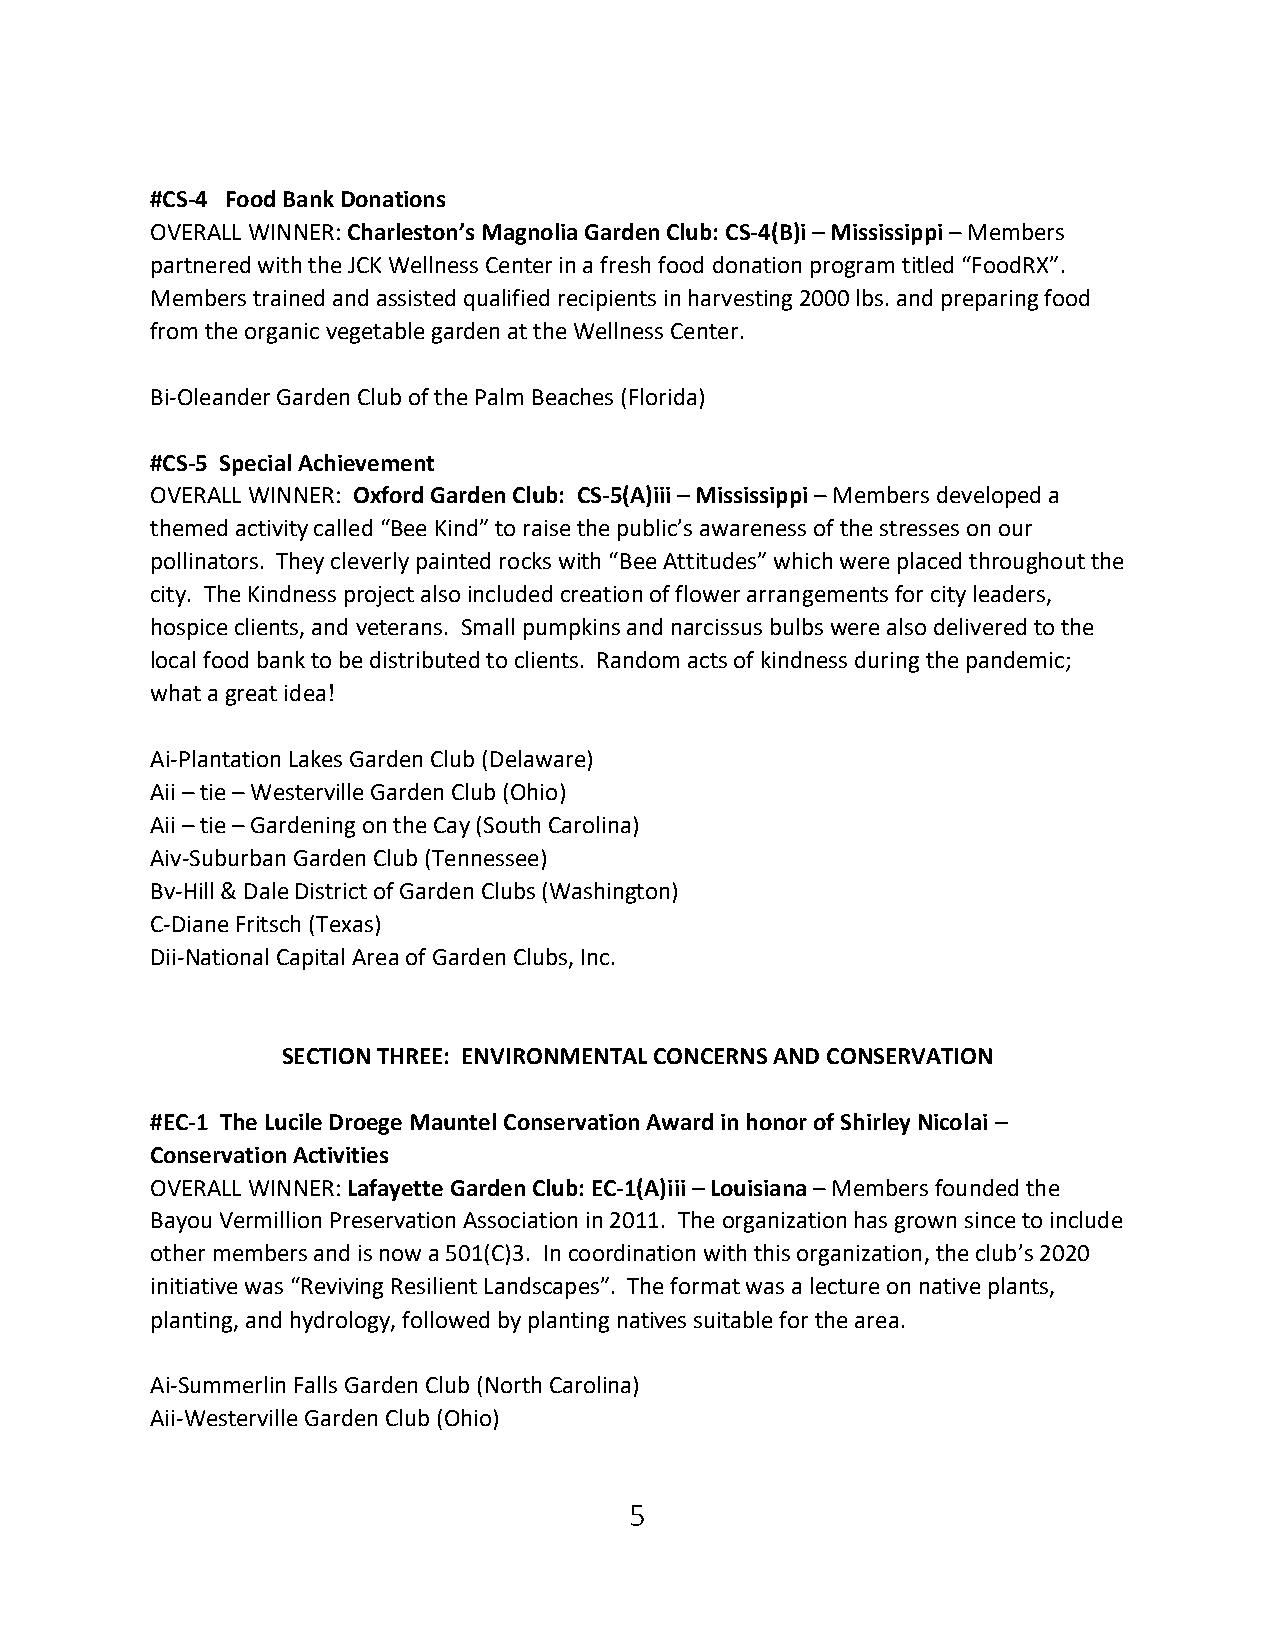
#CS-4 Food Bank Donations
 OVERALL WINNER: Charleston’s Magnolia Garden Club: CS-4(B)i – Mississippi – Members
 partnered with the JCK Wellness Center in a fresh food donation program titled “FoodRX”.
 Members trained and assisted qualified recipients in harvesting 2000 lbs. and preparing food
 from the organic vegetable garden at the Wellness Center.
 Bi-Oleander Garden Club of the Palm Beaches (Florida)
 #CS-5 Special Achievement
 OVERALL WINNER: Oxford Garden Club: CS-5(A)iii – Mississippi – Members developed a
 themed activity called “Bee Kind” to raise the public’s awareness of the stresses on our
 pollinators. They cleverly painted rocks with “Bee Attitudes” which were placed throughout the
 city. The Kindness project also included creation of flower arrangements for city leaders,
 hospice clients, and veterans. Small pumpkins and narcissus bulbs were also delivered to the
 local food bank to be distributed to clients. Random acts of kindness during the pandemic;
 what a great idea!
 Ai-Plantation Lakes Garden Club (Delaware)
 Aii – tie – Westerville Garden Club (Ohio)
 Aii – tie – Gardening on the Cay (South Carolina)
 Aiv-Suburban Garden Club (Tennessee)
 Bv-Hill & Dale District of Garden Clubs (Washington)
 C-Diane Fritsch (Texas)
 Dii-National Capital Area of Garden Clubs, Inc.
 SECTION THREE: ENVIRONMENTAL CONCERNS AND CONSERVATION
 #EC-1 The Lucile Droege Mauntel Conservation Award in honor of Shirley Nicolai –
 Conservation Activities
 OVERALL WINNER: Lafayette Garden Club: EC-1(A)iii – Louisiana – Members founded the
 Bayou Vermillion Preservation Association in 2011. The organization has grown since to include
 other members and is now a 501(C)3. In coordination with this organization, the club’s 2020
 initiative was “Reviving Resilient Landscapes”. The format was a lecture on native plants,
 planting, and hydrology, followed by planting natives suitable for the area.
 Ai-Summerlin Falls Garden Club (North Carolina)
 Aii-Westerville Garden Club (Ohio)
 5